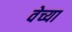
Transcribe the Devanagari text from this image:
वेच्या